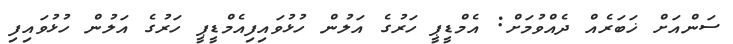
ސަންއަށް ޚަބަރެއް ދެއްވުމަށް: އެމްޑީޕީ ހަރުގެ އަލުން ހުޅުވައިފިއެމްޑީޕީ ހަރުގެ އަލުން ހުޅުވައިފި